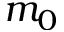
m _ { 0 }